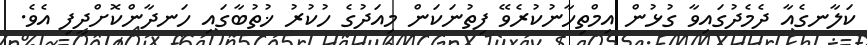
ކަލާނގެއާ ދެމެދުގައިވާ ގުޅުން އިމްތިހާނުކުރެވޭ ފިތުނަކަން މިއަދުގެ ހުކުރު ޚުތުބާގައި ހަނދާންކޮށްދީފި އެވެ.